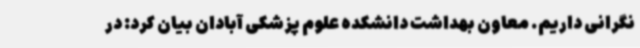
نگرانی داریم. معاون بهداشت دانشکده علوم پزشکی آبادان بیان کرد: در